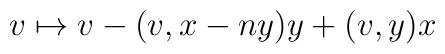
v\mapsto v-(v,x-ny)y+(v,y)x